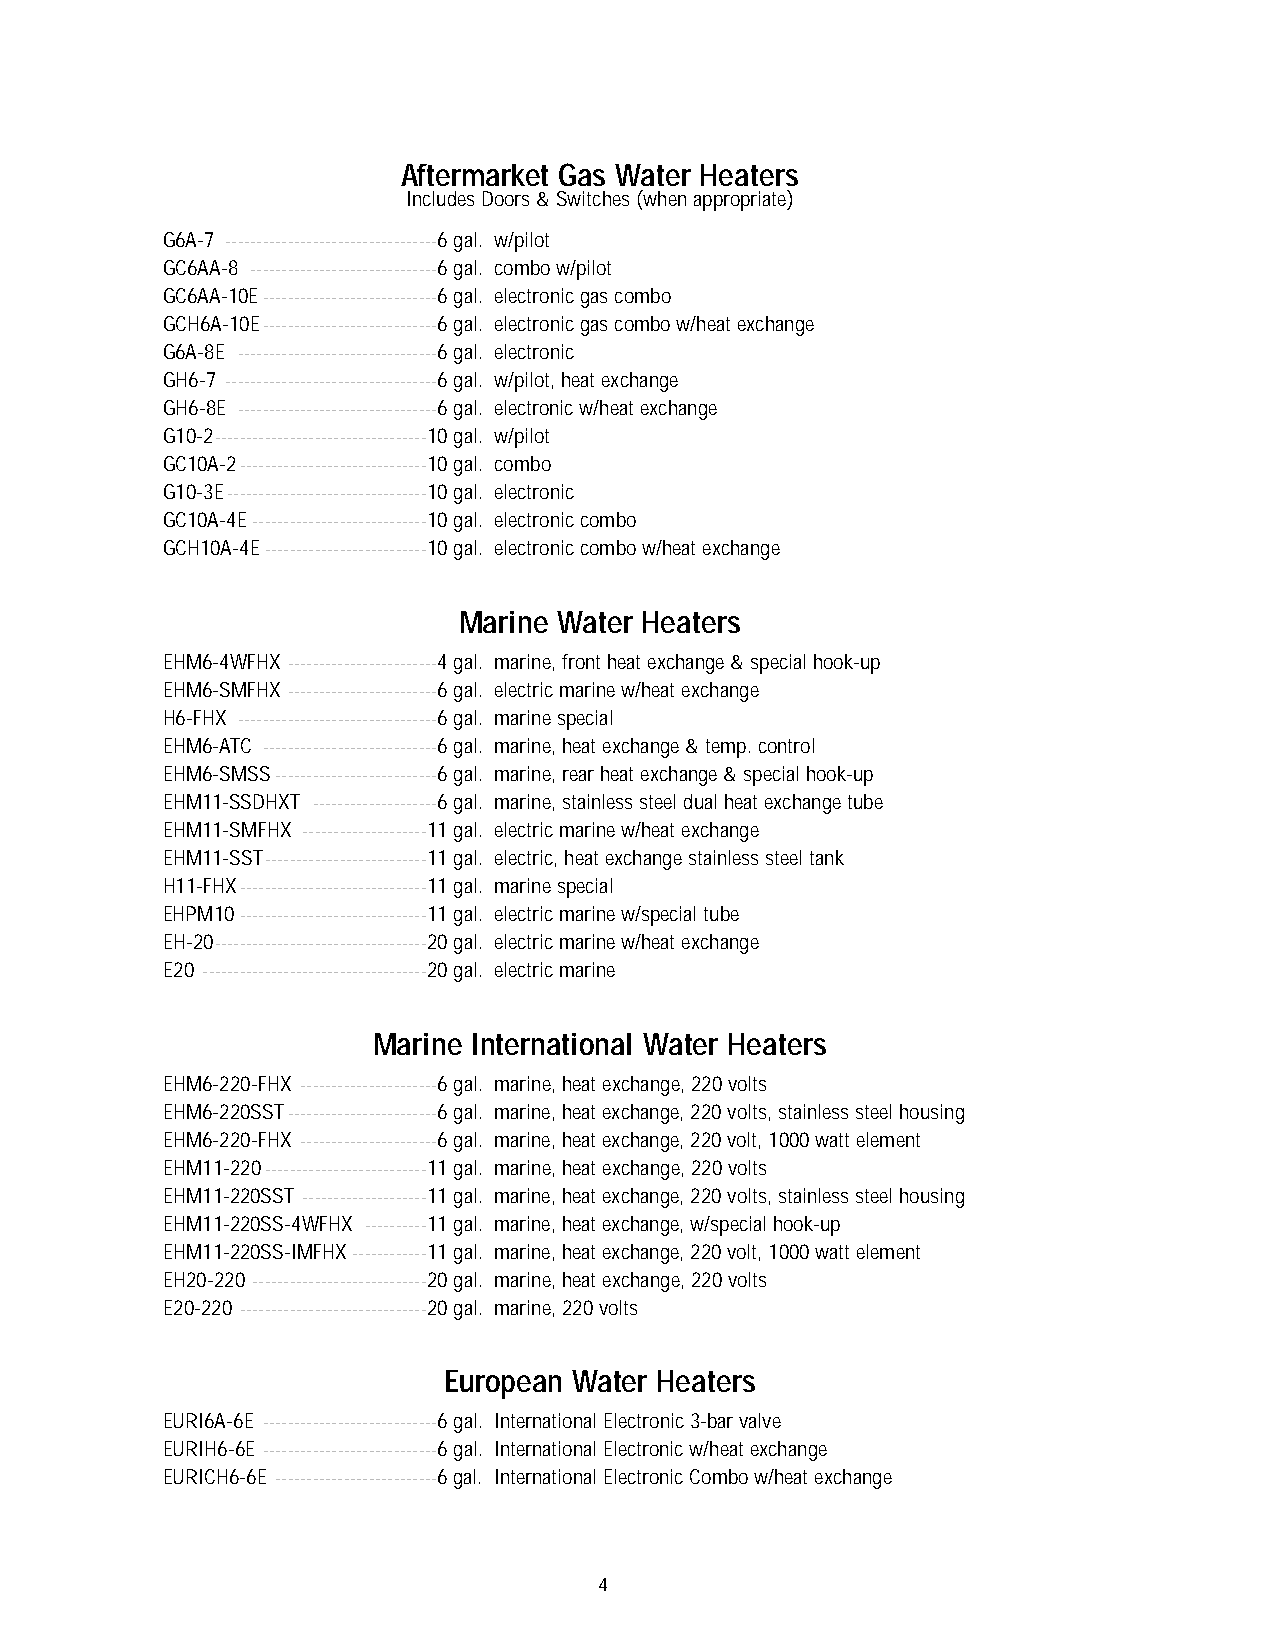
Aftermarket Gas Water Heaters
 Includes Doors & Switches (when appropriate)
 G6A-7 ----------------------------------6 gal. w/pilot
 GC6AA-8 ------------------------------6 gal. combo w/pilot
 GC6AA-10E----------------------------6 gal. electronic gas combo
 GCH6A-10E----------------------------6 gal. electronic gas combo w/heat exchange
 G6A-8E --------------------------------6 gal. electronic
 GH6-7 ----------------------------------6 gal. w/pilot, heat exchange
 GH6-8E --------------------------------6 gal. electronic w/heat exchange
 G10-2----------------------------------10 gal. w/pilot
 GC10A-2------------------------------10 gal. combo
 G10-3E--------------------------------10 gal. electronic
 GC10A-4E----------------------------10 gal. electronic combo
 GCH10A-4E--------------------------10 gal. electronic combo w/heat exchange
 Marine Water Heaters
 EHM6-4WFHX ------------------------4 gal. marine, front heat exchange & special hook-up
 EHM6-SMFHX ------------------------6 gal. electric marine w/heat exchange
 H6-FHX --------------------------------6 gal. marine special
 EHM6-ATC ----------------------------6 gal. marine, heat exchange & temp. control
 EHM6-SMSS--------------------------6 gal. marine, rear heat exchange & special hook-up
 EHM11-SSDHXT --------------------6 gal. marine, stainless steel dual heat exchange tube
 EHM11-SMFHX --------------------11 gal. electric marine w/heat exchange
 EHM11-SST--------------------------11 gal. electric, heat exchange stainless steel tank
 H11-FHX------------------------------11 gal. marine special
 EHPM10------------------------------11 gal. electric marine w/special tube
 EH-20----------------------------------20 gal. electric marine w/heat exchange
 E20 ------------------------------------20 gal. electric marine
 Marine International Water Heaters
 EHM6-220-FHX ----------------------6 gal. marine, heat exchange, 220 volts
 EHM6-220SST------------------------6 gal. marine, heat exchange, 220 volts, stainless steel housing
 EHM6-220-FHX ----------------------6 gal. marine, heat exchange, 220 volt, 1000 watt element
 EHM11-220--------------------------11 gal. marine, heat exchange, 220 volts
 EHM11-220SST --------------------11 gal. marine, heat exchange, 220 volts, stainless steel housing
 EHM11-220SS-4WFHX ----------11 gal. marine, heat exchange, w/special hook-up
 EHM11-220SS-IMFHX------------11 gal. marine, heat exchange, 220 volt, 1000 watt element
 EH20-220 ----------------------------20 gal. marine, heat exchange, 220 volts
 E20-220 ------------------------------20 gal. marine, 220 volts
 European Water Heaters
 EURI6A-6E ----------------------------6 gal. International Electronic 3-bar valve
 EURIH6-6E ----------------------------6 gal. International Electronic w/heat exchange
 EURICH6-6E --------------------------6 gal. International Electronic Combo w/heat exchange
 4